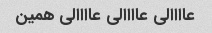
عاااالی عاااالی عاااالی همین